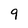
Character: 9